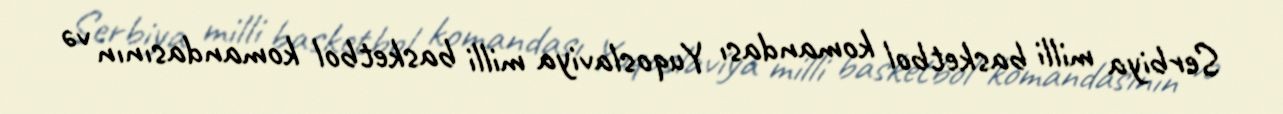
Serbiya milli basketbol komandası Yuqoslaviya milli basketbol komandasının və